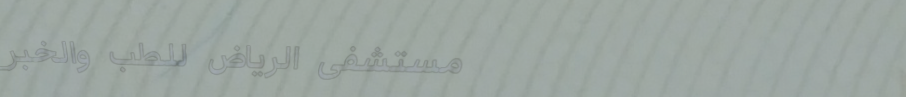
مستشفى الرياض للطب والخبر